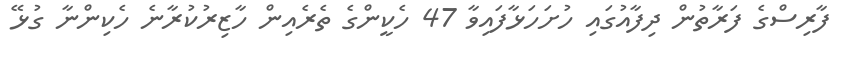
ފާރިސްގެ ފަރާތުން ދިފާއުގައި ހުށަހަޅާފައިވާ 47 ހެކީންގެ ތެރެއިން ހާޒިރުކުރާނެ ހެކިންނާ ގުޅޭ